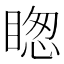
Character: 𥈝